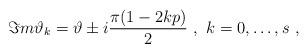
LaTeX: \begin{align*}\Im m\vartheta _{k}=\vartheta \pm i\frac{\pi (1-2kp)}{2}\, \, ,\, \, k=0,\ldots ,s\, \, ,\end{align*}